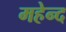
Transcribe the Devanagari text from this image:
महेन्द